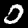
Digit: 0